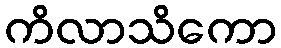
ကိလာသိကော